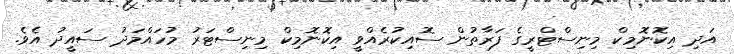
އަދި އިކޮނޮމިކް މިނިސްޓްރީގެ ފަރާތުން ސޮއިކުރެއްވީ އިކޮނޮމިކް މިނިސްޓަރު މުހައްމަދު ސައީދު އެވެ.